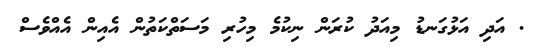
. އަދި އަޅުގަނޑު މިއަދު ކުރަން ނިކުމެ މިހުރި މަސަތްކަތުން އެއިން އެއްވެސް